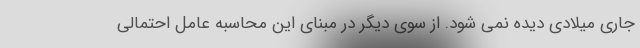
جاری میلادی دیده نمی شود. از سوی دیگر در مبنای این محاسبه عامل احتمالی